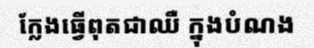
ក្លែងធ្វើពុតជាឈឺ ក្នុងបំណង